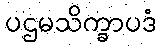
ပဌမသိက္ခာပဒံ